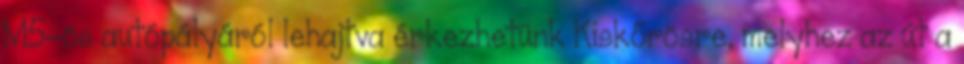
M5-ös autópályáról lehajtva érkezhetünk Kiskőrösre, melyhez az út a